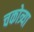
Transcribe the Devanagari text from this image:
चकोत्र्या